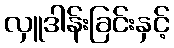
လှူဒါန်းခြင်းနှင့်